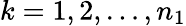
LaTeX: k=1,2,\ldots,n_{1}